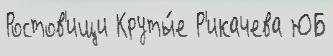
Ростов'ищи Круты́е Р'икачева ЮБ